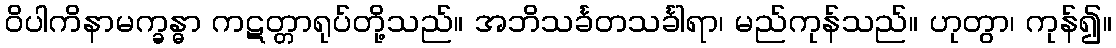
ဝိပါကိနာမက္ခန္ဓာ ကဋတ္တာရုပ်တို့သည်။ အဘိသင်္ခတသင်္ခါရာ၊ မည်ကုန်သည်။ ဟုတွာ၊ ကုန်၍။